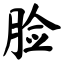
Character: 脸